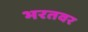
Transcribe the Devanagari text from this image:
भरतवर